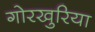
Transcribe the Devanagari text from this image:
गोरखुरिया